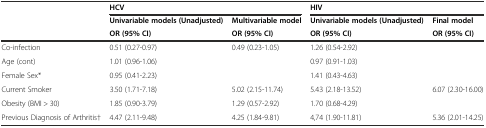
| <ROWSPAN=2>  | <COLSPAN=2> HCV | <COLSPAN=2> HIV |
 | Univariable models (Unadjusted) | Multivariable model | Univariable models (Unadjusted) | Final model |
 |  | OR (95% CI) | OR (95% CI) | OR (95% CI) | OR (95% CI) |
 | --- | --- | --- | --- | --- |
 | Co-infection | 0.51 (0.27-0.97) | 0.49 (0.23-1.05) | 1.26 (0.54-2.92) |  |
 | Age (cont) | 1.01 (0.96-1.06) |  | 0.97 (0.91-1.03) |  |
 | Female Sex* | 0.95 (0.41-2.23) |  | 1.41 (0.43-4.63) |  |
 | Current Smoker | 3.50 (1.71-7.18) | 5.02 (2.15-11.74) | 5.43 (2.18-13.52) | 6.07 (2.30-16.00) |
 | Obesity (BMI > 30) | 1.85 (0.90-3.79) | 1.29 (0.57-2.92) | 1.70 (0.68-4.29) |  |
 | Previous Diagnosis of Arthritis† | 4.47 (2.11-9.48) | 4.25 (1.84-9.81) | 4,74 (1.90-11.81) | 5.36 (2.01-14.25) |